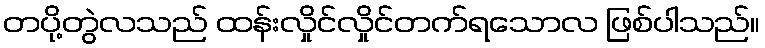
တပို့တွဲလသည် ထန်းလှိုင်လှိုင်တက်ရသောလ ဖြစ်ပါသည်။